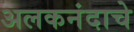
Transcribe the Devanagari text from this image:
अलकनंदाचे